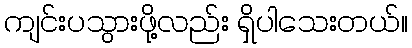
ကျင်းပသွားဖို့လည်း ရှိပါသေးတယ်။